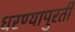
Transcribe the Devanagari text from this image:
धरण्यापुरती